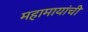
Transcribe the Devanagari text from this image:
महामायांची